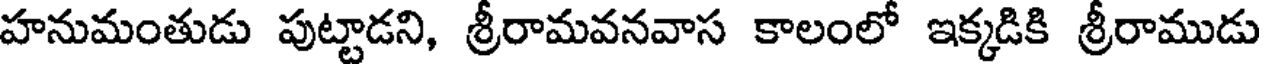
హనుమంతుడు పుట్టాడని, శ్రీరామవనవాస కాలంలో ఇక్కడికి శ్రీరాముడు